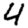
Digit: 4